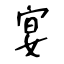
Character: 宴